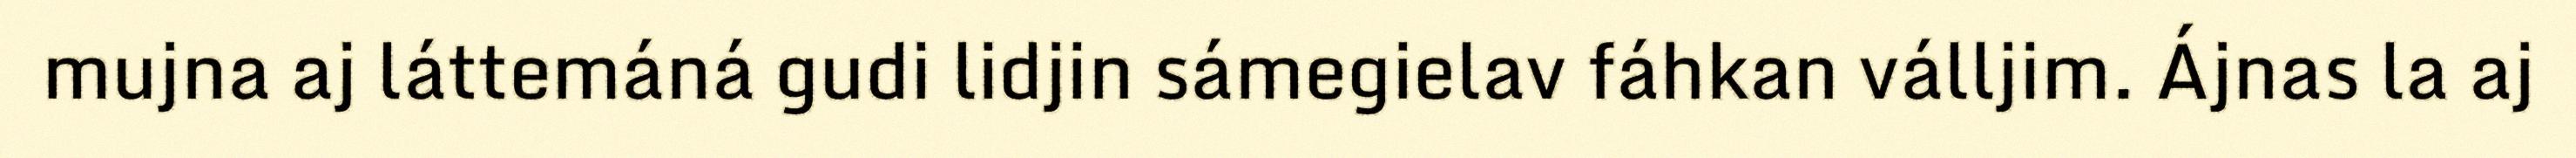
mujna aj láttemáná gudi lidjin sámegielav fáhkan válljim. Ájnas la aj